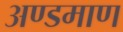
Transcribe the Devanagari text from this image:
अण्डमाण